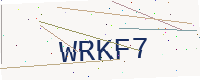
Text: WRKF7